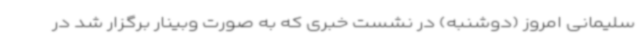
سلیمانی امروز (دوشنبه) در نشست خبری که به صورت وبینار برگزار شد در